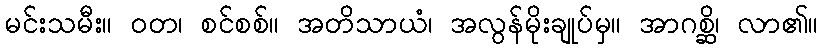
မင်းသမီး။ ဝတ၊ စင်စစ်။ အတိသာယံ၊ အလွန်မိုးချုပ်မှ။ အာဂစ္ဆိ၊ လာ၏။